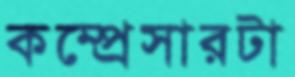
কম্প্রেসারটা